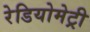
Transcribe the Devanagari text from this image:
रेडियोमेट्री